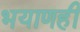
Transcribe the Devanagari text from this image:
भयाणही